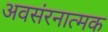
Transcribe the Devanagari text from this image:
अवसंरनात्मक